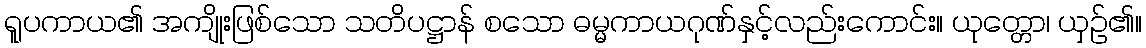
ရူပကာယ၏ အကျိုးဖြစ်သော သတိပဋ္ဌာန် စသော ဓမ္မကာယဂုဏ်နှင့်လည်းကောင်း။ ယုတ္တော၊ ယှဉ်၏။